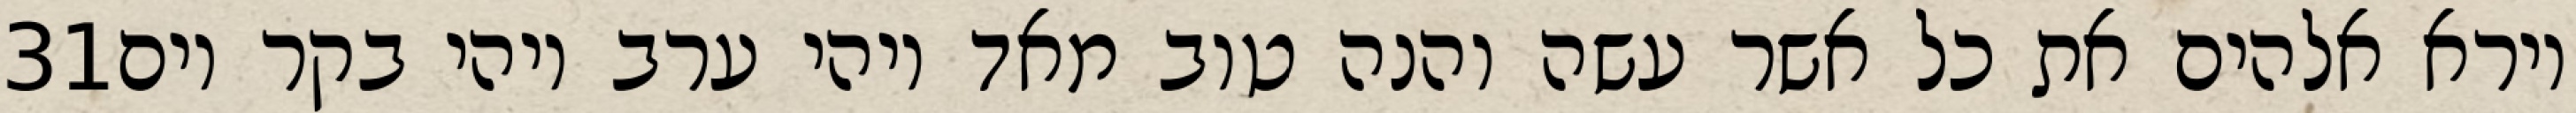
‎31‏ וירא אלהים את כל אשר עשה והנה טוב מאד ויהי ערב ויהי בקר יום